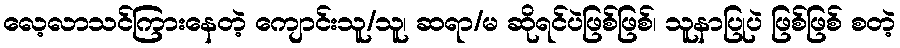
လေ့လာသင်ကြားနေတဲ့ ကျောင်းသူ/သူ၊ ဆရာ/မ ဆိုရင်ပဲဖြစ်ဖြစ်၊ သူနာပြုပဲ ဖြစ်ဖြစ် စတဲ့